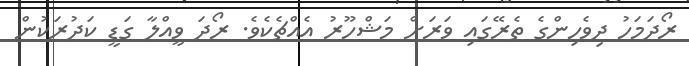
ރޯދަމަހު ދިވެހިންގެ ތެރޭގައި ވަރަށް މަޝްހޫރު އެއްޗެކެވެ. ރޯދަ ވީއްލާ ގަޑީ ކަދުރަކުން